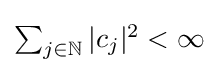
{\textstyle \sum _{j\in \mathbb {N} }|c_{j}|^{2}<\infty }